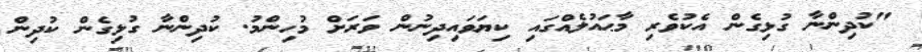
"ކުދިންނާ ގުޅިގެން އެކުވެރި މާޙައުލެއްގައި ކިޔަވައިދިނުން ވަރަށް މުހިންމު. ކުދިންނާ ގުޅިގެން ކުދިން